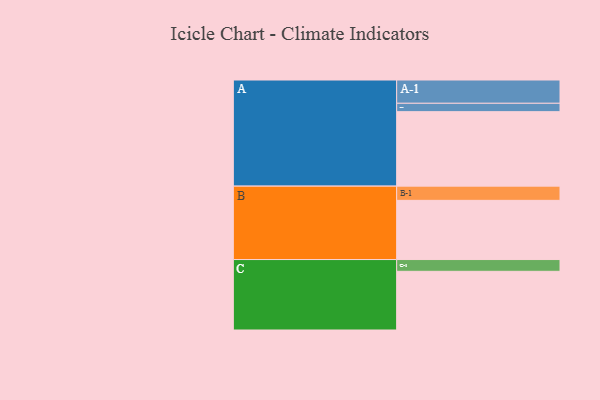
{"axis": {"x": "Segment", "y": "Value"}, "legend": ["", "A", "B", "C"], "data": [{"x": "A", "y": 576, "type": ""}, {"x": "B", "y": 458, "type": ""}, {"x": "C", "y": 454, "type": ""}, {"x": "A-1", "y": 180, "type": "A"}, {"x": "A-2", "y": 65, "type": "A"}, {"x": "B-1", "y": 110, "type": "B"}, {"x": "C-1", "y": 91, "type": "C"}]}